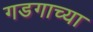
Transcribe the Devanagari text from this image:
गडगाच्या